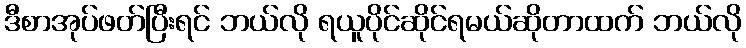
ဒီစာအုပ်ဖတ်ပြီးရင် ဘယ်လို ရယူပိုင်ဆိုင်ရမယ်ဆိုတာထက် ဘယ်လို